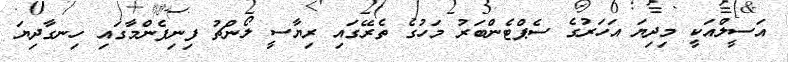
އަސީލްއަކީ މިދިޔަ އަހަރުގެ ސެޕްޓެންބަރު މަހުގެ ތެރޭގައި ރިޔާސީ ލޯންޗު ފިނިފެންމާގައި ހިނގާދިޔަ